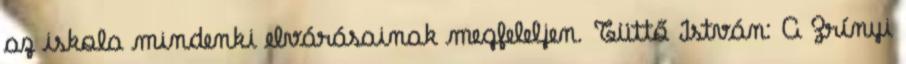
az iskola mindenki elvárásainak megfeleljen. Tüttő István: A Zrínyi